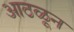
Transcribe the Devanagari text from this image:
आठळून